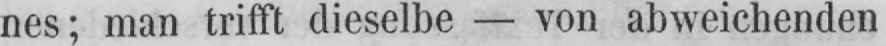
nes; man trifft dieselbe - von abweichenden